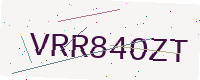
Text: VRR84OZT